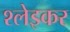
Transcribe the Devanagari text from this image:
श्लेइकर